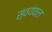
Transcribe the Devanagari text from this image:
स्वयंफल